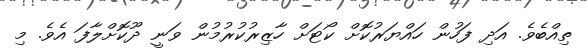
ތިއްބެވެ. އަދި ފަހުން ހައްޔަރުކޮށް ކޯޓަށް ހާޒިރުކުރުމުން ވަނީ ދޫކޮށްލާފަ އެވެ. މި